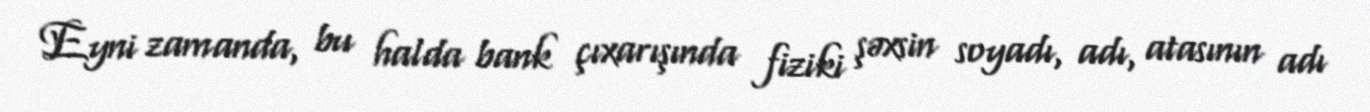
Eyni zamanda, bu halda bank çıxarışında fiziki şəxsin soyadı, adı, atasının adı